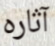
آثاره